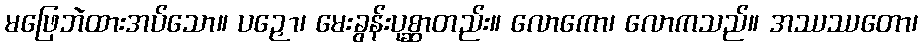
မဖြေဘဲထားအပ်သော။ ပဉှော၊ မေးခွန်းပုစ္ဆာတည်း။ လောကော၊ လောကသည်။ အဿဿတော၊